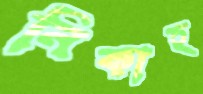
নিকাহ্